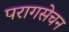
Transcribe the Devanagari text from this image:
परागसेचन